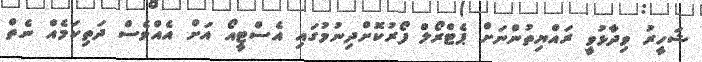
ޝަހީރު ވިދާޅުވީ ރައްޔިތުންނަށް ޕެޓްރޯލް ފޯރުކޮށްދިނުމުގައި އެސްޓީއޯ އަށް އެއްވެސް ދަތިކަމެއް ނެތް